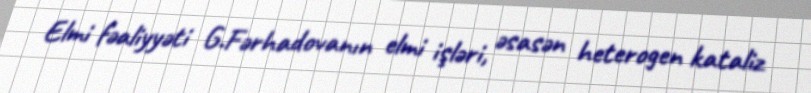
Elmi fəaliyyəti G.Fərhadovanın elmi işləri, əsasən heterogen kataliz